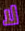
لا